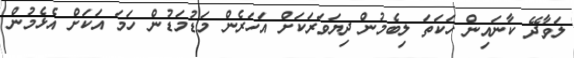
ލަވާދޭ ކާނައިން ހަކަތަ ލިބެމުން ދިޔަވަރަކަށް އަހަރެން މަޑުމަޑުން ހަމަ އަކަށް އެޅެމުން